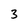
Character: 3